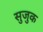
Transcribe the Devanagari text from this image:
सुजुक